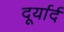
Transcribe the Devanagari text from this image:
दूर्यार्द